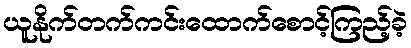
ယူနိုက်တက်ကင်းထောက်စောင့်ကြည့်ခဲ့